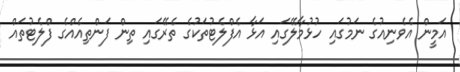
އަމީން އެވެނިއުގެ ނަމުގައި ހުޅުމާލޭގައި އަޅާ އެފްލެޓުތަކުގެ ތެރޭގައި ތިން ފަންތިއެއްގެ ފްލެޓުތައް